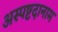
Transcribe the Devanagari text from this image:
अस्पष्टदानाम